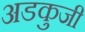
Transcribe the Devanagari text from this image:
अडकुजी